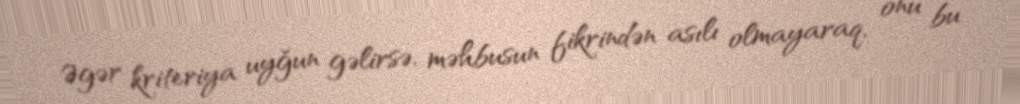
Əgər kriteriya uyğun gəlirsə, məhbusun fikrindən asılı olmayaraq, onu bu